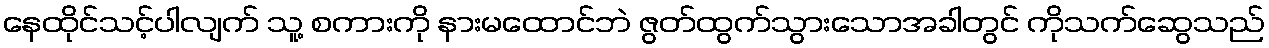
နေထိုင်သင့်ပါလျက် သူ့ စကားကို နားမထောင်ဘဲ ဇွတ်ထွက်သွားသောအခါတွင် ကိုသက်ဆွေသည်